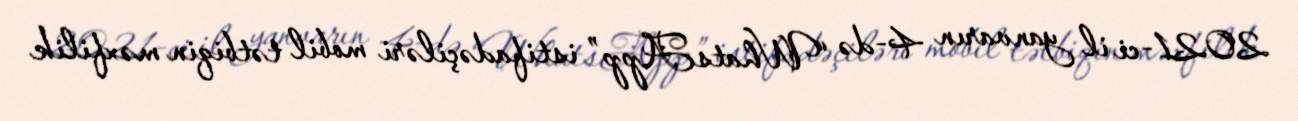
2021-ci il yanvarın 4-də “WhatsApp” istifadəçiləri mobil tətbiqin məxfilik